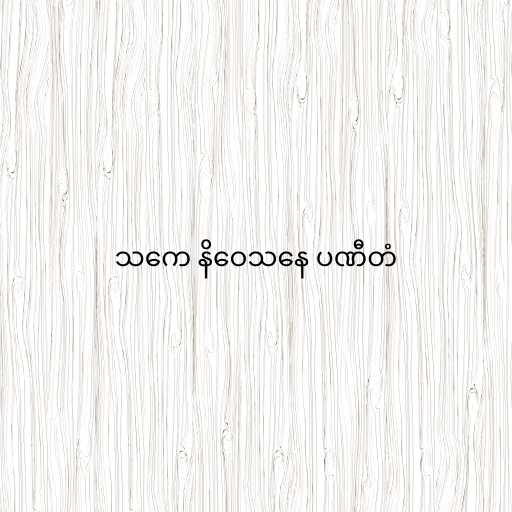
သကေ နိဝေသနေ ပဏီတံ